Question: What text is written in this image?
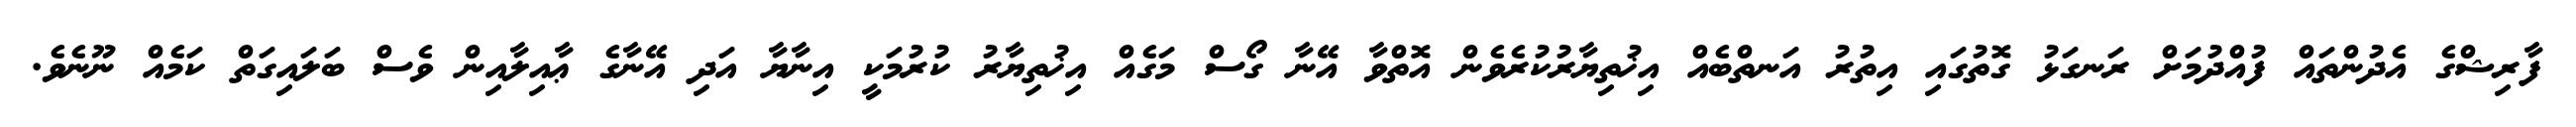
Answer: ފާރިޝްގެ އެދުންތައް ފުއްދުމަށް ރަނގަޅު ގޮތުގައި އިތުރު އަނތްބެއް އިޚުތިޔާރުކުރެވެން އޮތްވާ އޭނާ ގޯސް މަގެއް އިޚުތިޔާރު ކުރުމަކީ އިނާޔާ އަދި އޭނާގެ ޢާއިލާއިން ވެސް ބަލައިގަތް ކަމެއް ނޫނެވެ.